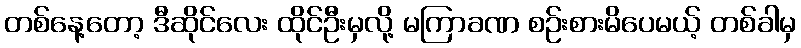
တစ်နေ့တော့ ဒီဆိုင်လေး ထိုင်ဦးမှလို့ မကြာခဏ စဉ်းစားမိပေမယ့် တစ်ခါမှ